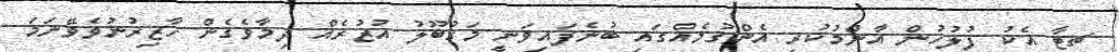
ޗިޓާ އެކު ފުލުހުން އާންމުކުރި އެންގުމެއްގައި ބުނެފައިވަނީ މަގުބޫލު އުޒުރެއް ދިމާވެގެން ހާޒިރުނުވެވޭނަމަ